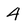
Character: 4